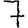
Digit: 7